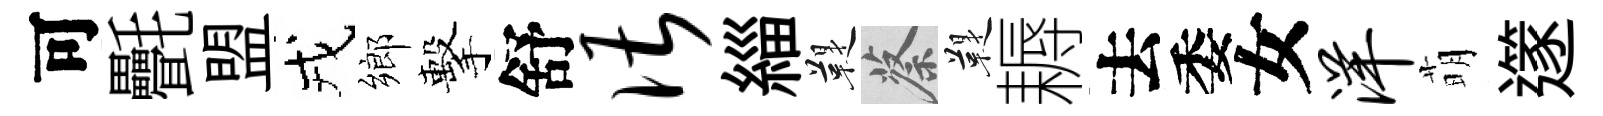
可㲲盟戎鄉擊舒谌緇鞮蔡鞮耨去委女洋萌𨗹